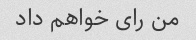
من رای خواهم داد